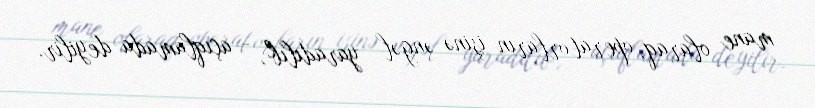
mane olaraq, operatorların işinə əngəl yaradılıb", - açıqlamada deyilir.